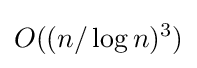
O((n/\log n)^{3})